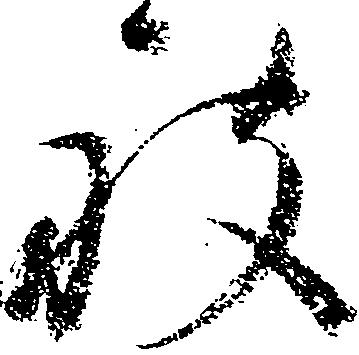
被